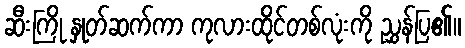
ဆီးကြို နှုတ်ဆက်ကာ ကုလားထိုင်တစ်လုံးကို ညွှန်ပြ၏။